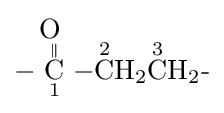
{{-}{\underset {1}{\overset {\displaystyle \mathrm {O} ~ \atop \|}{\mathrm {C} }}}{-}{\overset {2}{\mathrm {C} }}\mathrm {H} {\vphantom {A}}_{\smash[{t}]{2}}{\overset {3}{\mathrm {C} }}\mathrm {H} {\vphantom {A}}_{\smash[{t}]{2}}{\text{-}}}